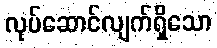
လုပ်ဆောင်လျက်ရှိသော